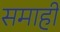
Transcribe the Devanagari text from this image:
समाही